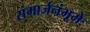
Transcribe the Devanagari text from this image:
संमार्जनंभूमेः